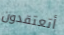
أتعتقدون